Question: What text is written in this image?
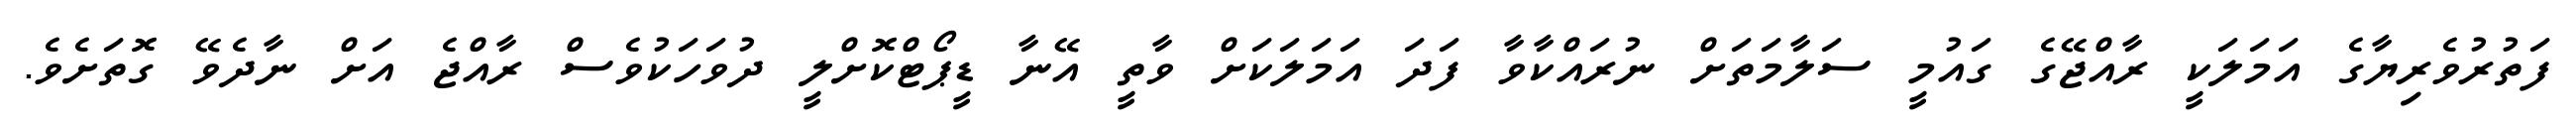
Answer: ފަތުރުވެރިޔާގެ އަމަލަކީ ރާއްޖޭގެ ގައުމީ ސަލާމަތަށް ނުރައްކާވާ ފަދަ އަމަލަކަށް ވާތީ އޭނާ ޑީޕޯޓްކޮށްލީ ދުވަހަކުވެސް ރާއްޖެ އަށް ނާދެވޭ ގޮތަށެވެ.